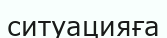
ситуацияға